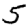
Digit: 5